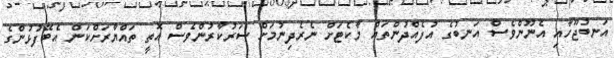
އަނބުޖޫހާއި އެނޫންވެސް އަނބުގެ އުފެއްދުންތައް މާކެޓަށް ނެރެދިނުމަށް ސަރުކާރުންވެސް އޮތީ ތައްޔާރަށްކަން އެބޭފުޅުންގެ